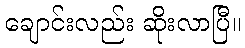
ချောင်းလည်း ဆိုးလာပြီ။